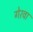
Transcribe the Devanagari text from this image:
गेरवा